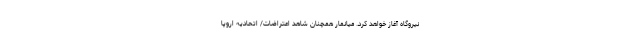
نیروگاه آغاز خواهد کرد. میانمار همچنان شاهد اعتراضات/ اتحادیه اروپا